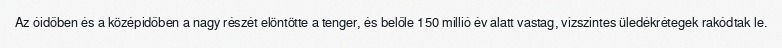
Az óidőben és a középidőben a nagy részét elöntötte a tenger, és belőle 150 millió év alatt vastag, vízszintes üledékrétegek rakódtak le.